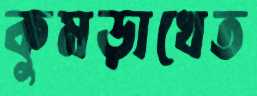
কুমড়াখেত